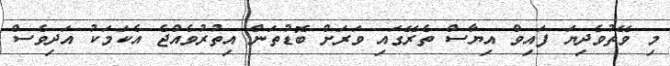
މި ވޭތުވެދިޔަ ފައިވް އިޔާސް ތެރޭގައި ވަރަށް ބޮޑުތަން އިތުރުވެއްޖެ އެކަމަކު އަދިވެސް